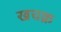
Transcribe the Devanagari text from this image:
खचक्र